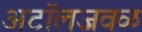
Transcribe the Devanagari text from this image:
अटॉलजवळ